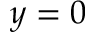
y = 0